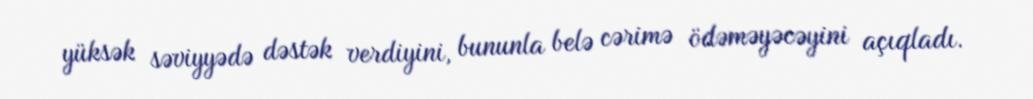
yüksək səviyyədə dəstək verdiyini, bununla belə cərimə ödəməyəcəyini açıqladı.